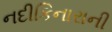
નદીકિનારાની